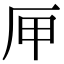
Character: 㕅